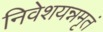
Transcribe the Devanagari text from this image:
निवेशयन्नमृतं